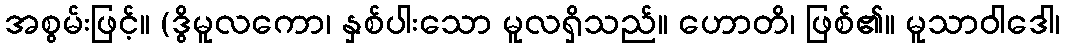
အစွမ်းဖြင့်။ (ဒွိမူလကော၊ နှစ်ပါးသော မူလရှိသည်။ ဟောတိ၊ ဖြစ်၏။ မူသာဝါဒေါ၊